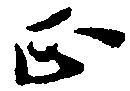
正